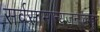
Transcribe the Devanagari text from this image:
सर्वसामान्यजनांकडून